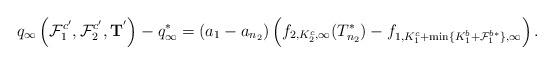
LaTeX: \begin{align*}q_{\infty}\left(\mathcal F_1^{c'},\mathcal F_2^{c'},\mathbf T^{'}\right)-q_{\infty}^{*}=\left(a_{1}-a_{n_2}\right)\left(f_{2,K_2^c,\infty}(T_{n_2}^*)-f_{1,K_1^c+\min\{K_1^b+\mathcal F_1^{b*}\},\infty}\right).\end{align*}